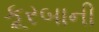
કૂરબાની